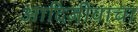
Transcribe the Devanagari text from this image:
आदिजीवाचा